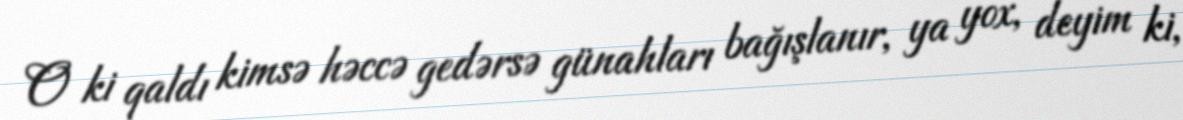
O ki qaldı kimsə həccə gedərsə günahları bağışlanır, ya yox, deyim ki,